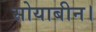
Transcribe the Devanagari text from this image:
सोयाबीन।